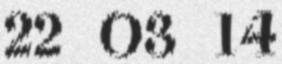
22 03 14